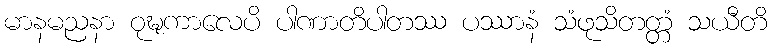
မာနမညနာ ဝုဍ္ဎကာလေပိ ပါဏာတိပါတဿ ပဿာနံ သံဖုသိတတ္တံ သယီတိ